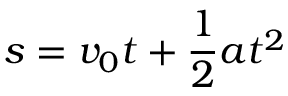
s = v _ { 0 } t + { \frac { 1 } { 2 } } a t ^ { 2 }